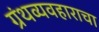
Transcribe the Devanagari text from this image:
ग्रंथव्यवहाराचा